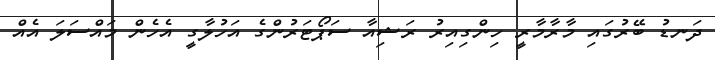
ދަނޑު ބޭރުގައި މާރާމާރީ ހިންގިއިރު ރަޝިއާ ސަޕޯޓަރުންގެ އަހުލާގީ އެހެން މައްސަލަ އެއް